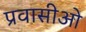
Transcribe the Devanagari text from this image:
प्रवासीओ